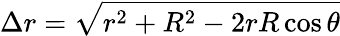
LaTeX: \Delta r=\sqrt{r^{2}+R^{2}-2rR\cos{\theta}}